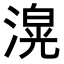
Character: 𭲄